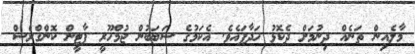
މާލެއިން ތަނެއް ދިނުމަށް ދެކޮޅު ހަދާފައެވެ. އެކަމުގެ ސަބަބުން ޖުމްހޫރީ ޕާޓީން ކޮންގްރެސް